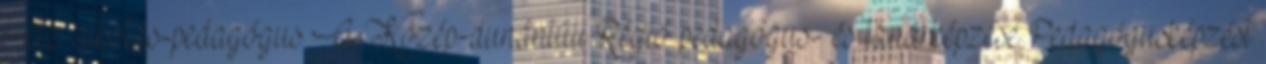
Az alkotás-pedagógus A Közép-dunántúli Régió pedagógus- és tanárképzése Pedagógusképzést